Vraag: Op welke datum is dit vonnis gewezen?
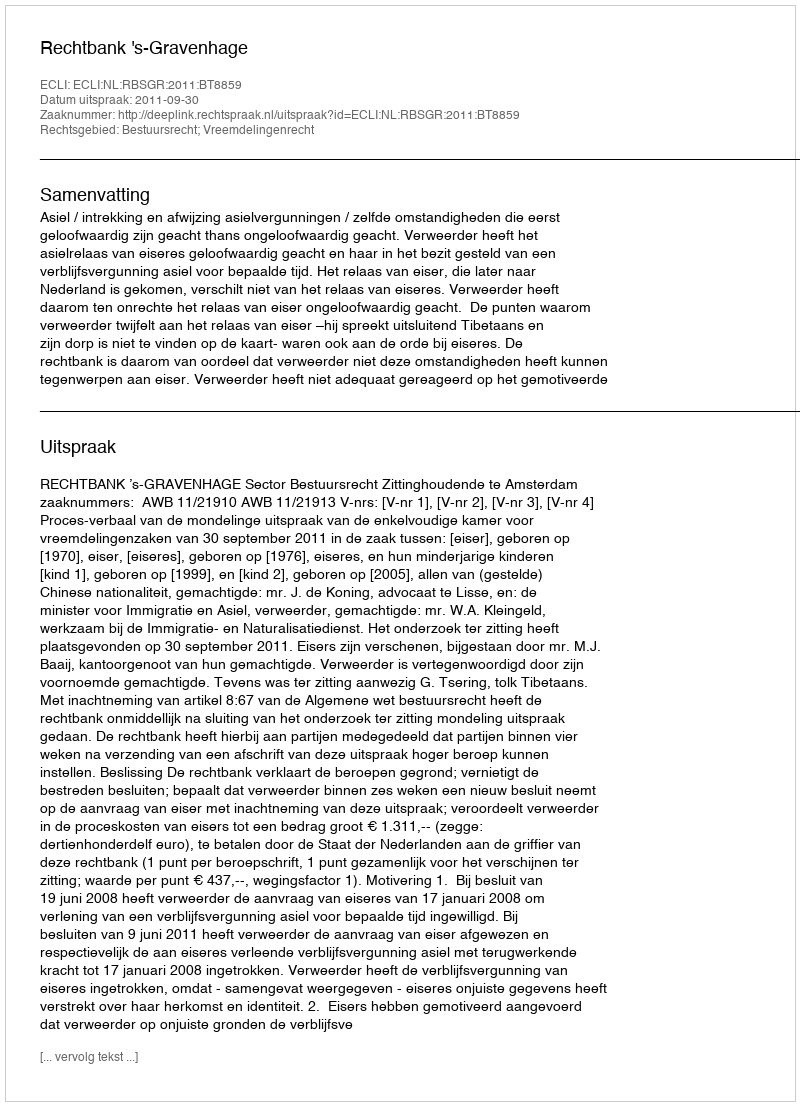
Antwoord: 2011-09-30